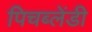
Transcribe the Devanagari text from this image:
पिचब्लेंडी